Vaccination in Bombay 1902-1912 - 1902-1912
Year: 1902
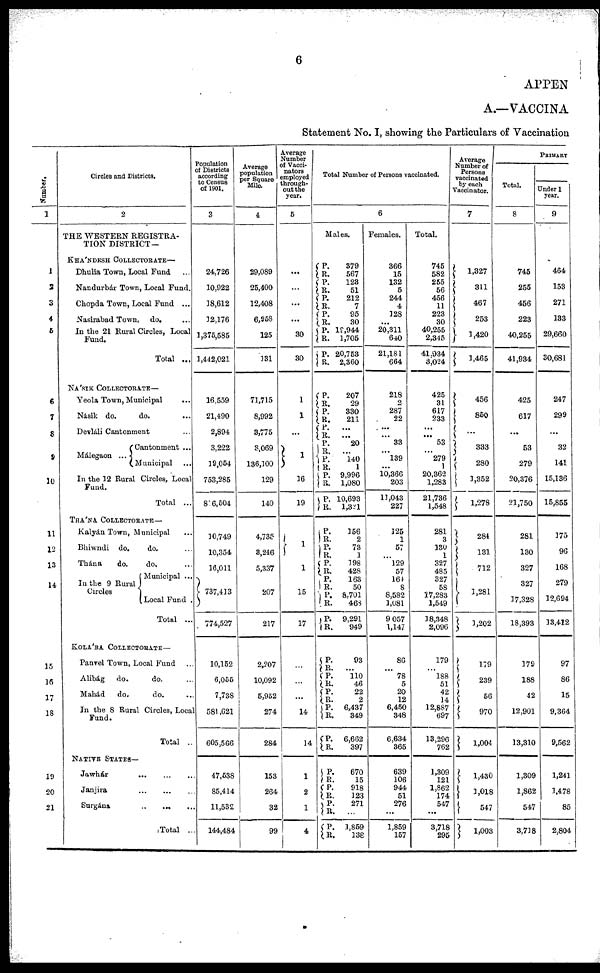
6
APPEN
A.—VACCINA
Statement No. I, showing the Particulars of Vaccination
Number.
1
1
2
3
4
5
6
7
8
9
10
11
12
13
14
15
16
17
18
19
20
21
Circles and Districts.
2
THE WESTERN REGISTRA-
TION DISTRICT—
KHÁNDESH COLLECTORATE—
Dhulia Town, Local Fund ...
Nandurbár Town, Local Fund.
Chopda Town, Local Fund ...
Nasirabad Town,
do. ...
In the 21 Rural Circles, Local
Fund.
Total ...
NÁSIK COLLECTORATE—
Yeola Town, Municipal ...
Násik do.
do. ...
Devláli Cantonment ...
Málegaon ...
Cantonment ...
Municipal ...
In the 12 Rural Circles, Local
Fund.
Total ...
THÁNA COLLECTORATE—
Kalyán Town, Municipal ...
Bhiwndi
do.
do. ...
Thána
do.
do. ...
In the 9 Rural
Circles
Municipal ...
Local Fund .
Total ...
KOLÁBA COLLECTORATE—
Panvel Town, Local Fund ...
Alibág
do.
do. ...
Mahád
do.
do. ...
In the 8 Rural Circles, Local
Fund.
Total ..
NATIVE STATES—
Jawhár ... ... ...
Janjira
...
...
...
Surgána
...
...
...
Total ...
Population
of Districts
according
to Census
of 1901.
3
24,726
10,922
18,612
12,176
1,375,585
1,442,021
16,559
21,490
2,894
3,222
19,054
753,285
876,504
10,749
10,354
16,011
737,413
774,527
10,152
6,055
7,738
581,621
605,566
47,538
85,414
11,532
144,484
Average
population
per Square
Mile.
4
29,089
25,400
12,408
6,958
125
131
71,715
8,992
3,775
3,069
136,100
129
140
4,735
3,246
5,337
207
217
2,207
10,092
5,952
274
284
153
264
32
99
Average
Number
of Vacci¬
nators
employed
through-
out the
year.
5
...
...
...
...
30
30
1
1
...
1
16
19
1
1
15
17
...
...
...
14
14
1
2
1
4
Total Number of Persons vaccinated.
6
Males.
P.
R.
P.
R. P.
R.
P.
R.
P.
R.
P.
R.
P.
R.
P.
R.
P.
R.
P.
R.
P.
R.
P.
R.
P.
R.
P.
R.
P.
R.
P.
R.
P.
R.
P.
R.
P.
R.
P.
R.
P.
R.
P.
R. P.
R.
P.
R.
P.
R.
P.
R.
P.
R.
P.
R.
379
567
123
51
212
7
95
30
19,944
1,705
20,753
2,360
207
29
330
211
...
... 20
...
140
1
9,996
1,080
10,693
1,321
156
2
73
1
198
428
163
50
8,701
468
9,291
949
93
...
110
46
22
2
6,437
349
6,662
397
670
15
918
123
271
...
1,859
138
Females.
366
15
132
5
244
4
128
...
20,311
640
21,181
664
218
2
287
22
...
... 33
...
139
...
10,366
203
11,043
227
125
1
57
...
129
57
164
8
8,582
1,081
9,057
1,147
86
...
78
5
20
12
6,450
348
6,634
365
639
106
944
51
276
...
1,859
157
Total.
745
582
255
56
456
11
223
30
40,255
2,345
41,934
3,024
425
31
617
233
...
... 53
...
279
1
20,362
1,283
21,736
1,548
281
3
130
1
327
485
327
58
17,283
1,549
18,348
2,096
179
...
188
51
42
14
12,887
697
13,296
762
1,309
121
1,862
174
547
...
3,718
295
Average
Number of
Persons
vaccinated
by each
Vaccinator.
7
1,327
311
467
253
1,420
1,465
456
850
...
333
280
1,352
1,278
284
131
712
1,281
1,202
179
239
56
970
1,004
1,430
1,018
547
1,003
PRIMARY
Total.
8
745
255
456
223
40,255
41,934
425
617
...
53
279
20,376
21,750
281
130
327
327
17,328
18,393
179
188
42
12,901
13,310
1,309
1,862
547
3,718
Under 1
year.
9
464
153
271
133
29,660
30,681
247
299
...
32
141
15,136
15,855
175
96
168
279
12,694
13,412
97
86
15
9,364
9,562
1,241
1,478
85
2,804